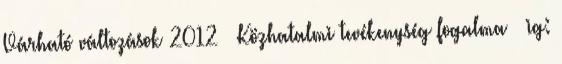
Várható változások 2012  Közhatalmi tevékenység fogalma  ig: